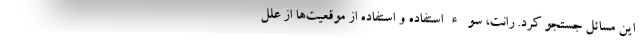
این مسائل جستجو کرد. رانت، سوءاستفاده و استفاده از موقعیت‌ها از علل